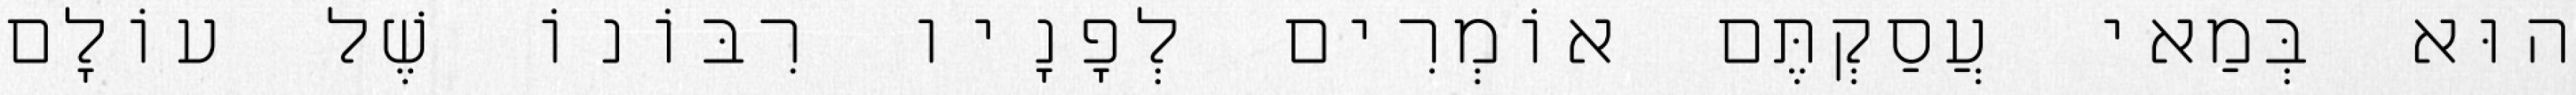
הוּא בְּמַאי עֲסַקְתֶּם אוֹמְרִים לְפָנָיו רִבּוֹנוֹ שֶׁל עוֹלָם